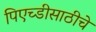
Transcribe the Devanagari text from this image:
पिएच्डीसाठीचे